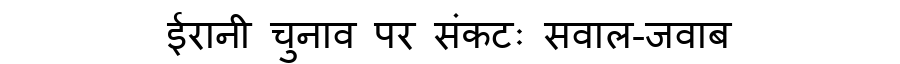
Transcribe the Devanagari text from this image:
ईरानी चुनाव पर संकटः सवाल-जवाब